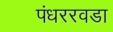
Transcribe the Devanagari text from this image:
पंधररवडा